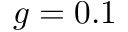
g = 0 . 1